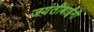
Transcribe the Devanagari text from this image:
जयंतीबाईंनी